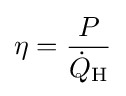
\eta ={\frac {P}{{\dot {Q}}_{\text{H}}}}